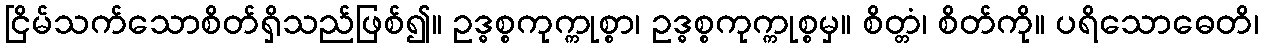
ငြိမ်သက်သောစိတ်ရှိသည်ဖြစ်၍။ ဥဒ္ဓစ္စကုက္ကုစ္စာ၊ ဥဒ္ဓစ္စကုက္ကုစ္စမှ။ စိတ္တံ၊ စိတ်ကို။ ပရိသောဓေတိ၊